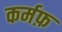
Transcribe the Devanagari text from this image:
कर्मफ़